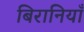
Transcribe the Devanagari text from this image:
बिरानियाँ